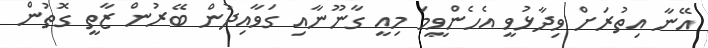
އޭނާ އިތުރަށް ވިދާޅުވީ އެހެންވީމަ މިއީ ގާނޫނާއި ގަވާއިދުން ބޭރުން ޒާތީ ގޮތުން